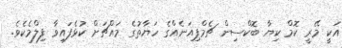
އަކީ މޭރީ ކޮމް ކިޔާ ބޮކްސިން ޗެމްޕިއަނެއްގެ ހަޔާތުގެ މައްޗަށް ކުޅެފައިވާ ފިލްމެކެވެ.